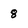
Character: 8